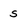
Character: s